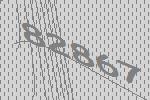
82867